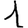
Digit: 1